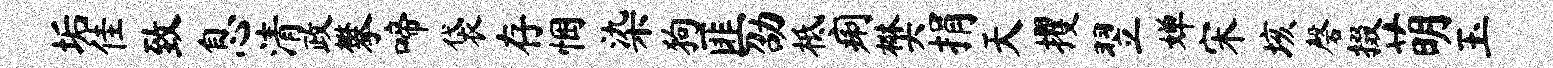
垢佳致息清政攀啼袋存悃染狗匪劭柢痢樊捐天攫翌婵宋垓磬掇萌玉